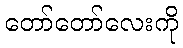
တော်တော်လေးကို